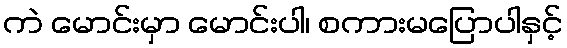
ကဲ မောင်းမှာ မောင်းပါ၊ စကားမပြောပါနှင့်